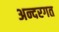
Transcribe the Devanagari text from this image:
अन्दरगत